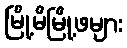
မြို့မိမြို့ဖများ